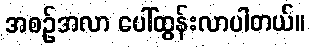
အစဉ်အလာ ပေါ်ထွန်းလာပါတယ်။